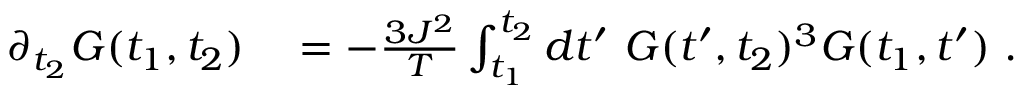
\begin{array} { r l } { \partial _ { t _ { 2 } } G ( t _ { 1 } , t _ { 2 } ) } & { { } = - \frac { 3 J ^ { 2 } } { T } \int _ { t _ { 1 } } ^ { t _ { 2 } } d t ^ { \prime } \ G ( t ^ { \prime } , t _ { 2 } ) ^ { 3 } G ( t _ { 1 } , t ^ { \prime } ) ~ . } \end{array}